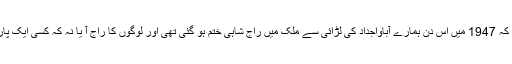
بلکہ، یہ دن ہمیں یہ یاد دلاتا ہے کہ 1947 میں اس دن ہمارے آباواجداد کی لڑائی سے ملک میں راج شاہی ختم ہو گئی تھی اور لوگوں کا راج آ یا نہ کہ کسی ایک پارٹی، تنظیم یا فردکے نظریے کا۔